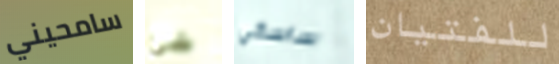
سامحيني شئ ساسكي للفتيان